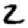
Digit: 2